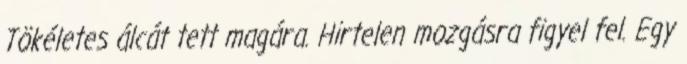
Tökéletes álcát tett magára. Hirtelen mozgásra figyel fel. Egy